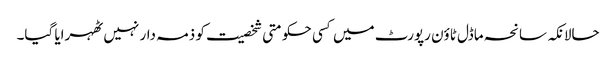
حالانکہ سانحہ ماڈل ٹاؤن رپورٹ میں کسی حکومتی شخصیت کو ذمہ دار نہیں ٹھہرایا گیا۔